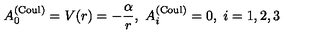
A _ { 0 } ^ { ( \mathrm { C o u l } ) } = V ( r ) = - \frac \alpha r , \ A _ { i } ^ { ( \mathrm { C o u l } ) } = 0 , \ i = 1 , 2 , 3